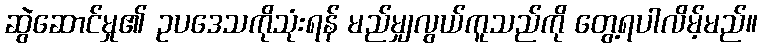
ဆွဲဆောင်မှု၏ ဥပဒေသကိုသုံးရန် မည်မျှလွယ်ကူသည်ကို တွေ့ရပါလိမ့်မည်။